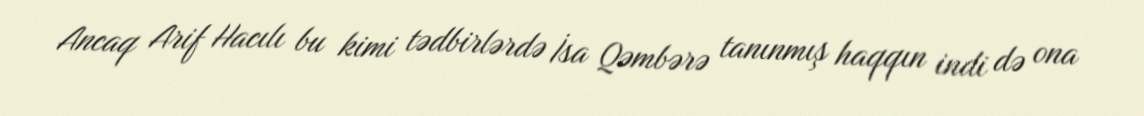
Ancaq Arif Hacılı bu kimi tədbirlərdə İsa Qəmbərə tanınmış haqqın indi də ona